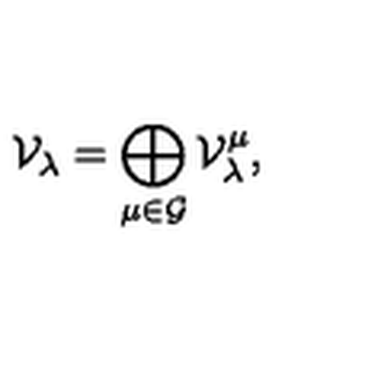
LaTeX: \mathcal { V } _ { \lambda } = \bigoplus _ { \mu \in \mathcal { G } } \mathcal { V } _ { \lambda } ^ { \mu } ,